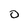
Character: O